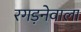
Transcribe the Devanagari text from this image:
रगड़नेवाला